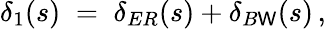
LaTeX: \delta_{1}(s)\; =\; \delta_{ER}(s)+\delta_{B\mathsf{W}}(s)\, ,